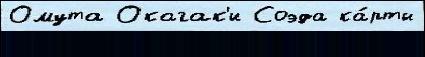
Омута Окагак'и Соэда ка́рты